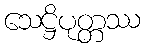
သေဋ္ဌိပုတ္တဿ